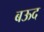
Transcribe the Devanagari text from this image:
बऊद